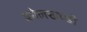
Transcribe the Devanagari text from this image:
बघेलखण्डी